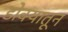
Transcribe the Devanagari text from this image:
डोक्‍यातून